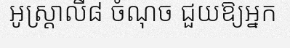
អូស្ត្រាលី៨ ចំណុច ជួយឱ្យអ្នក